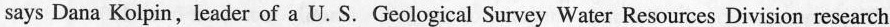
says Daa Kolpin,leader of a U. S. Geological Survey Water Resources Division research